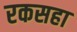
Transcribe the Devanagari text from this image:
रकसहा